Civil Veterinary Department Bihar & Orissa reports 1929-36 - 1929-1936
Year: 1929
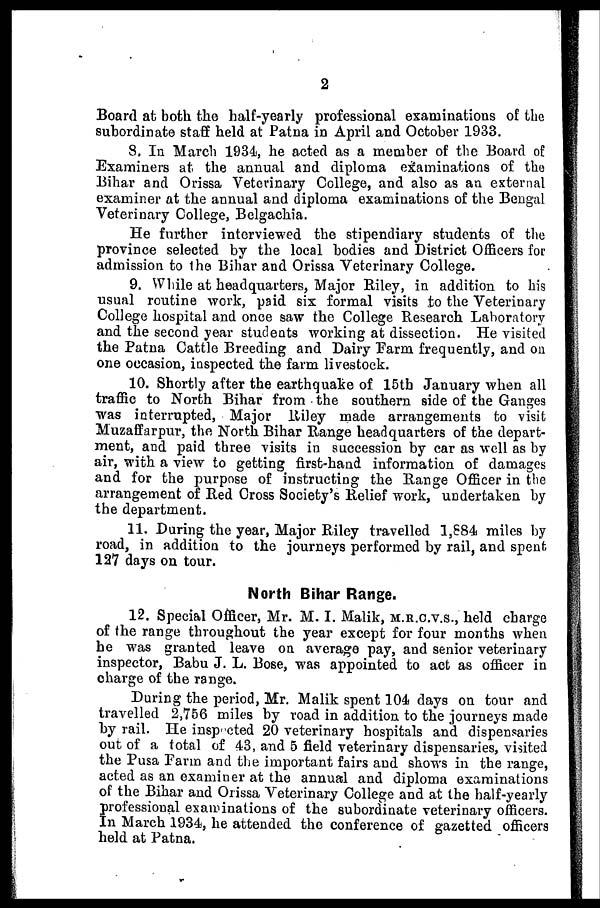
2
Board at both the half-yearly professional examinations of the
subordinate staff held at Patna in April and October 1933.
8. In March 1934, he acted as a member of the Board of
Examiners at the annual and diploma examinations of the
Bihar and Orissa Veterinary College, and also as an external
examiner at the annual and diploma examinations of the Bengal
Veterinary College, Belgachia.
He further interviewed the stipendiary students of the
province selected by the local bodies and District Officers for
admission to the Bihar and Orissa Veterinary College.
9. While at headquarters, Major Riley, in addition to his
usual routine work, paid six formal visits to the Veterinary
College hospital and once saw the College Research Laboratory
and the second year students working at dissection. He visited
the Patna Cattle Breeding and Dairy Farm frequently, and on
one occasion, inspected the farm livestock.
10. Shortly after the earthquake of 15tb January when all
traffic to North Bihar from the southern side of the Ganges
was interrupted, Major Riley made arrangements to visit
Muzaffarpur, the North Bihar Range headquarters of the depart-
ment, and paid three visits in succession by car as well as by
air, with a view to getting first-hand information of damages
and for the purpose of instructing the Range Officer in the
arrangement of Red Cross Society's Relief work, undertaken by
the department.
11. During the year, Major Riley travelled 1,884 miles by
road, in addition to the journeys performed by rail, and spent
127 days on tour.
North Bihar Range.
12. Special Officer, Mr. M. I. Malik, M.R.C.V.S., held charge
of the range throughout the year except for four months when
he was granted leave on average pay, and senior veterinary
inspector, Babu J. L. Bose, was appointed to act as officer in
charge of the range.
During the period, Mr. Malik spent 104 days on tour and
travelled 2,756 miles by road in addition to the journeys made
by rail. He inspected 20 veterinary hospitals and dispensaries
out of a total of 43, and 5 field veterinary dispensaries, visited
the Pusa Farm and the important fairs and shows in the range,
acted as an examiner at the annual and diploma examinations
of the Bihar and Orissa Veterinary College and at the half-yearly
professional examinations of the subordinate veterinary officers.
In March 1934, he attended the conference of gazetted officers
held at Patna.